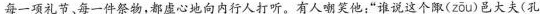
每一项礼节、每一件祭物，都虚心地向内行人打听。有人嘲笑他；”谁说这个陬(zōu)邑大夫(孔